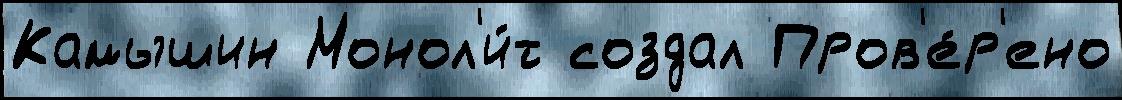
Камышин Монол'и́т создал Пров'е́р'ено